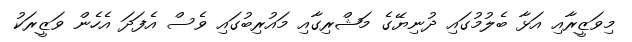
މިވަޒީރާއި އަޅާ ބެލުމުގައި ދުނިޔޭގެ މަޝްރިގާއި މައުރިބުގައި ވެސް އެފަދަ އެހެން ވަޒީރަކު